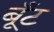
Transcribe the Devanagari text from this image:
बूँट